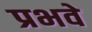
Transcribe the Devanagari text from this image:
प्रभवे